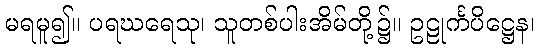
မရမူ၍။ ပရဃရေသု၊ သူတစ်ပါးအိမ်တို့၌။ ဥဠုင်္ကပိဋ္ဌေန၊